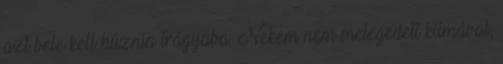
azt bele kell húznia trágyába. Nekem nem melegedett klímával,